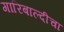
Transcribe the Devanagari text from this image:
गारिबाल्दीचा